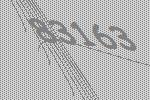
83163